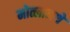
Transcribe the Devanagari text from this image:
मोत्लानथे